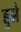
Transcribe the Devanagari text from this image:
हुमे